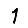
Digit: 1